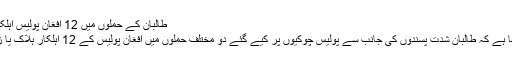
طالبان کے حملوں میں 12 افغان پولیس اہلکار ہلاک یا زخمی
افغان حکام نے کہا ہے کہ طالبان شدت پسندوں کی جانب سے پولیس چوکیوں پر کیے گئے دو مختلف حملوں میں افغان پولیس کے 12 اہلکار ہلاک یا زخمی ہوگئے ہیں۔